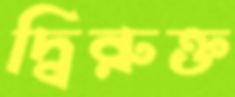
দ্বিরুক্ত